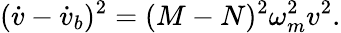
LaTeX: (\dot{v}-\dot{v}_{b})^{2}=(M-N)^{2}\omega_{m}^{2}v^{2}.